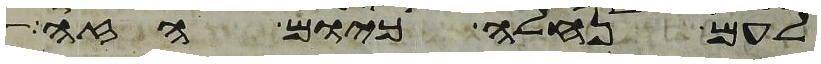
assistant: לעם נחלה כיום הזה